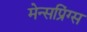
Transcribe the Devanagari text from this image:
मेन्सप्रिंग्स